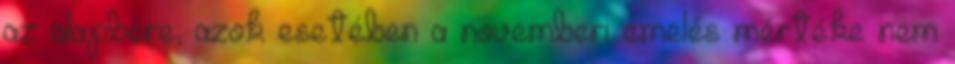
az alapbére, azok esetében a novemberi emelés mértéke nem